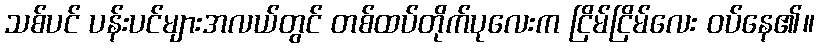
သစ်ပင် ပန်းပင်များအလယ်တွင် တစ်ထပ်တိုက်ပုလေးက ငြိမ်ငြိမ်လေး ဝပ်နေ၏။